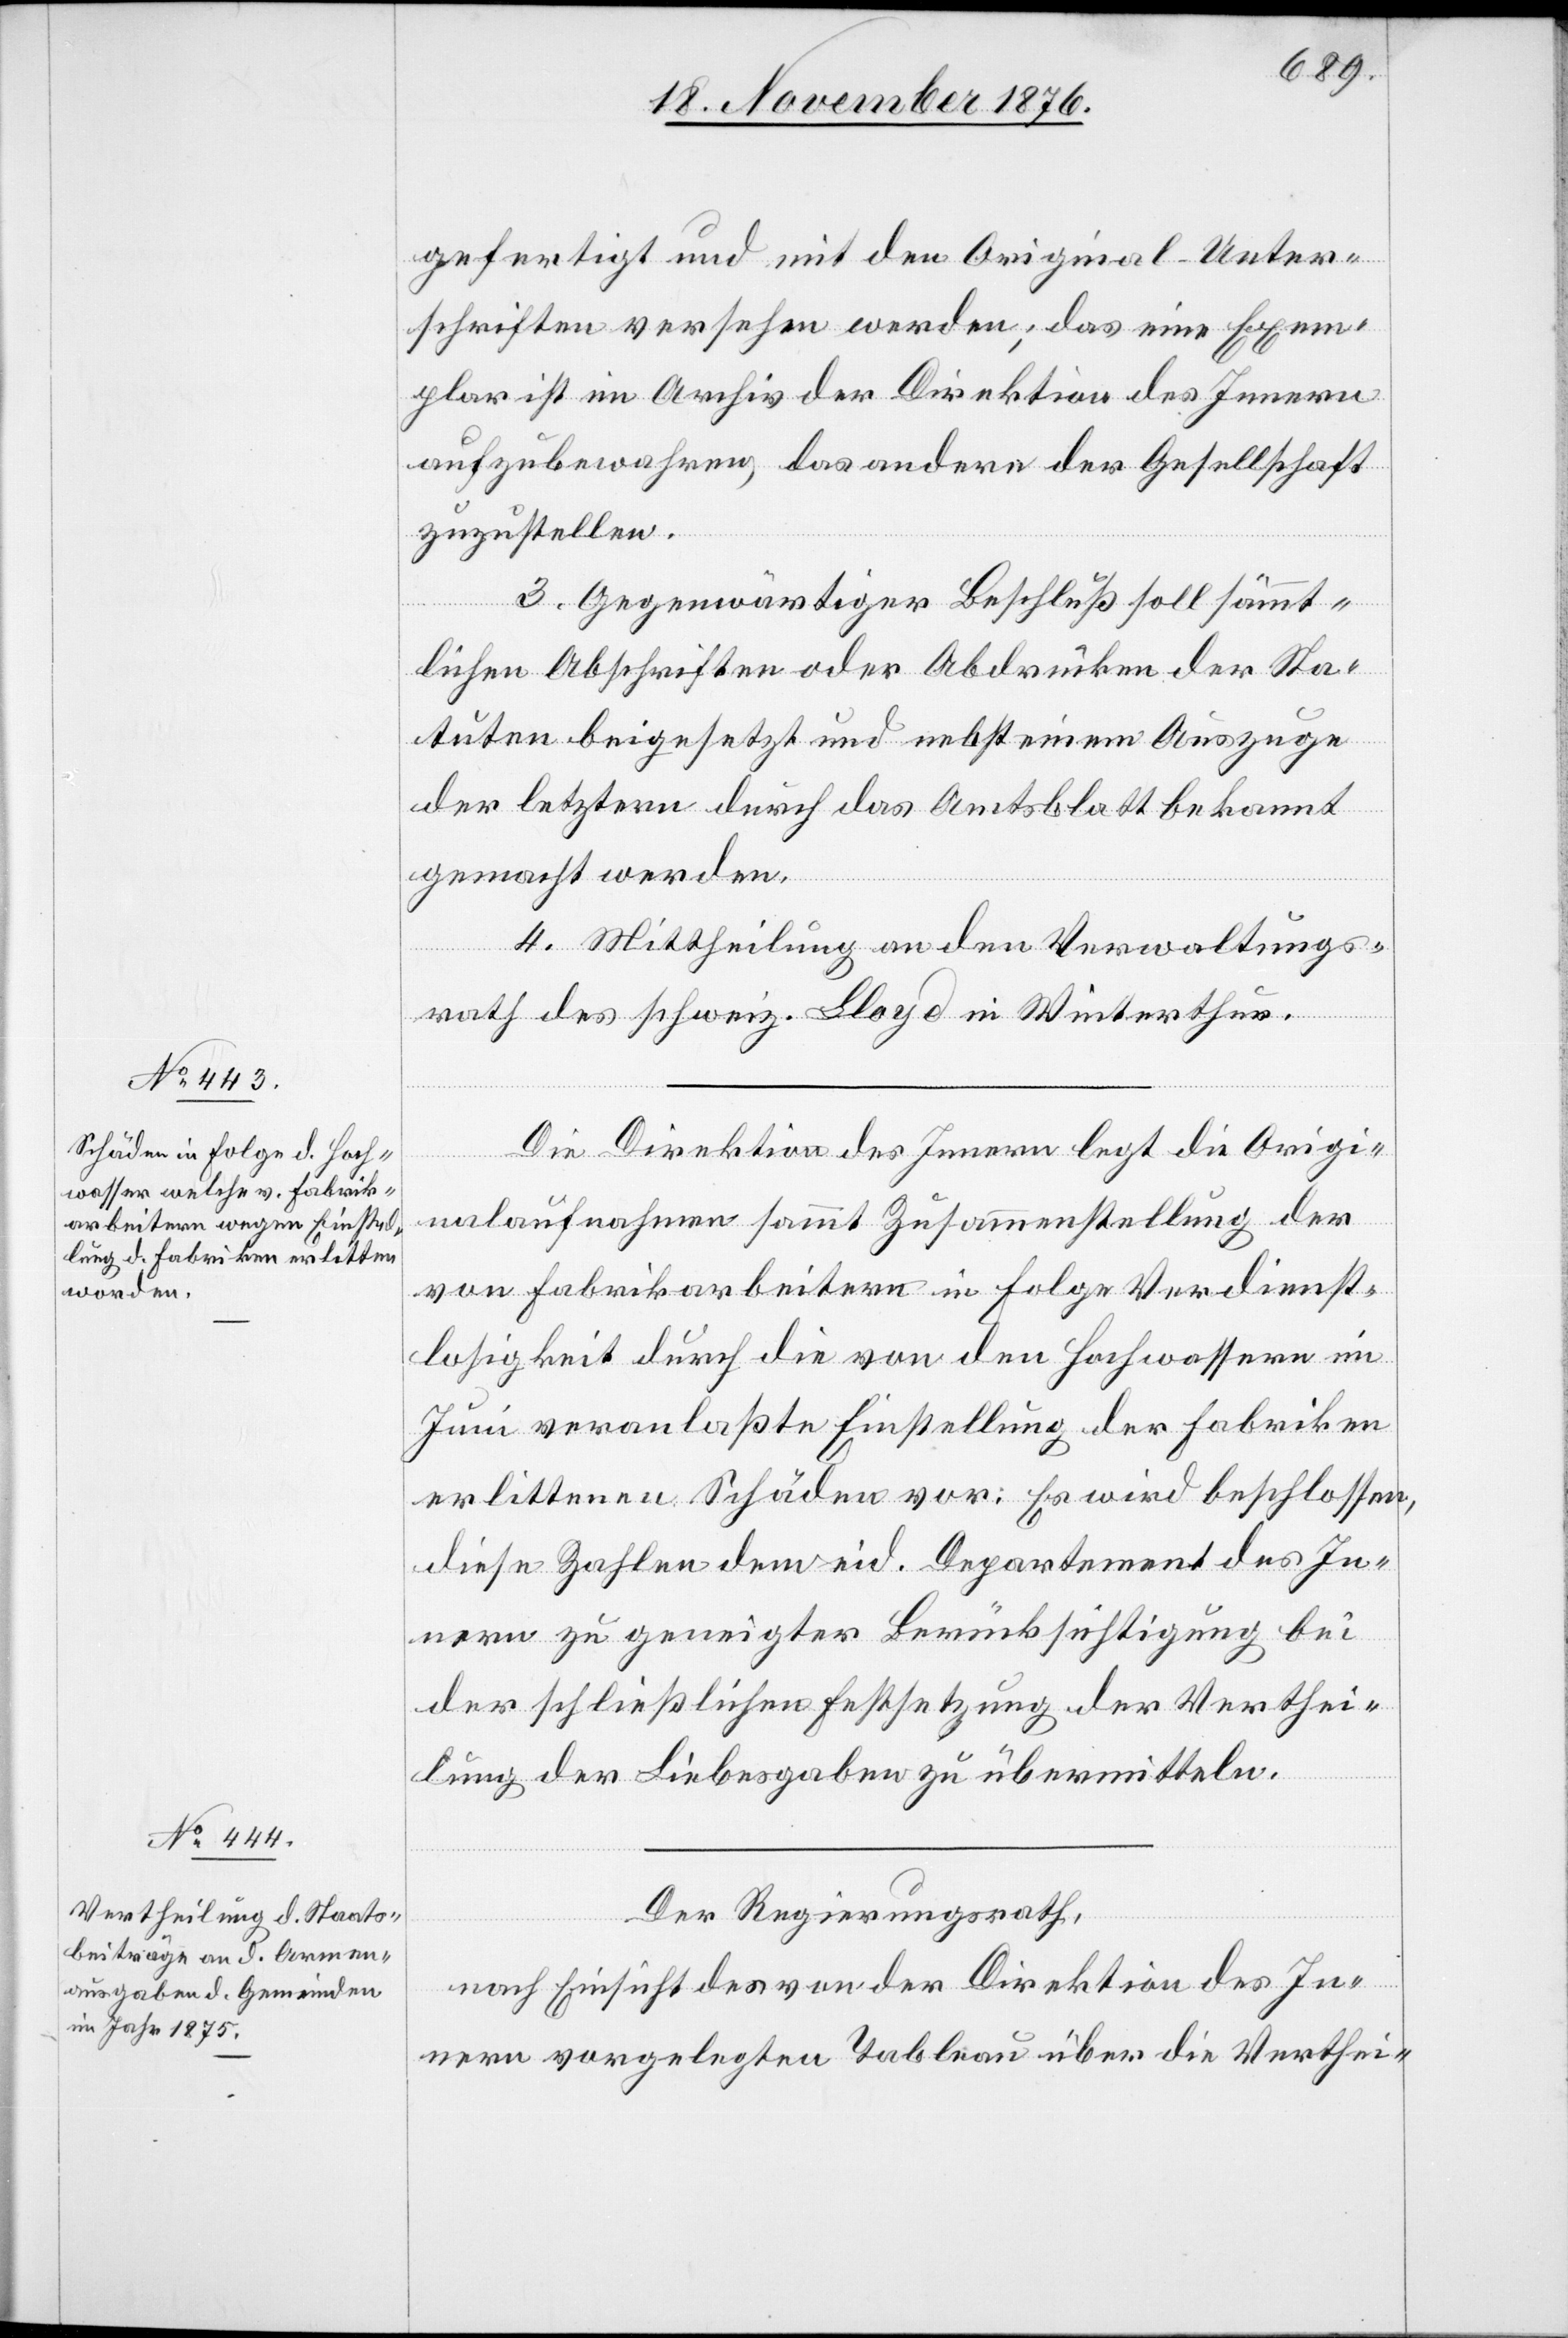
gefertigt und mit den Original-Unter¬
schriften versehen werden; das eine Exem¬
plar ist im Archiv der Direktion des Innern
aufzubewahren, das andere der Gesellschaft
zuzustellen.
3. Gegenwärtiger Beschluß soll sämmt¬
lichen Abschriften oder Abdrücken der Sta¬
tuten beigesetzt und nebst einem Auszuge
der letztern durch das Amtsblatt bekannt
gemacht werden.
4. Mittheilung an den Verwaltungs¬
rath des schweiz. Lloyd in Winterthur.
Die Direktion des Innern legt die Origi¬
nalaufnahmen sammt Zusammenstellung der
von Fabrikarbeitern in Folge Verdienst¬
losigkeit durch die von den Hochwassern im
Juni veranlaßte Einstellung der Fabriken
erlittenen Schäden vor: Es wird beschlossen,
diese Zahlen dem eid. Departement des In¬
nern zu geeigneter Berücksichtigung bei
der schließlichen Festsetzung der Verthei¬
lung der Liebesgaben zu übermitteln.
Der Regierungsrath,
nach Einsicht des von der Direktion des In¬
nern vorgelegten Tableau über die Verthei-